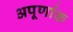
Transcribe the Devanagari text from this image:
अपूर्णाक